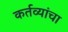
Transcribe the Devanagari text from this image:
कर्तव्यांचा